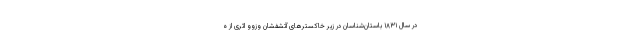
در سال ۱۸۳۱ باستان‌شناسان در زیر خاکسترهای آتشفشان وزوو اثری از ه